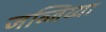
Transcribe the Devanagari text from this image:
जव्जिय्या